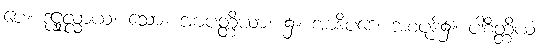
ပေ။ ဒုဋ္ဌုလ္လာယ၊ သော။ အာပတ္တိယာ၊ ၌။ အာဒိပဒေ၊ အစပုဒ်၌။ ပါစိတ္တိယံ